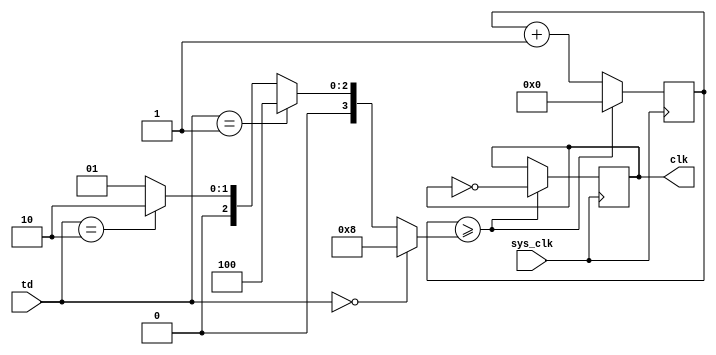
/*module time_div(input sys_clk, input [1:0] td, output reg clk);
	reg [17:0] cnt;
	wire [17:0] const;
	assign const = td == 2'b00 ? 25 * 2**10 : 
										td == 2'b01 ? 25 * 2**11 :
										td == 2'b10 ? 25 * 2**12 :
										25 * 2**13;
										
	always @(posedge sys_clk)
		if(cnt >= const) begin
			cnt <= 0;
			clk <= ~clk;
		end
		else
			cnt <= cnt + 1;
endmodule*/

module time_div(input sys_clk, input [1:0] td, output reg clk);
	reg [30:0] cnt;
	wire [30:0] const;
	assign const = td == 2'b00 ? 8 : 
										td == 2'b01 ? 4 :
										td == 2'b10 ? 2:
										1;
										
	always @(posedge sys_clk)
		if(cnt >= const) begin
			cnt <= 0;
			clk <= ~clk;
		end
		else
			cnt <= cnt + 1;
endmodule